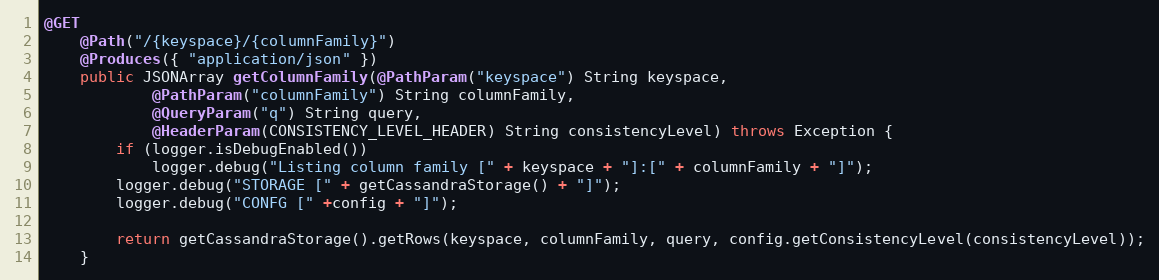
Language: Java
@GET
	@Path("/{keyspace}/{columnFamily}")
	@Produces({ "application/json" })
	public JSONArray getColumnFamily(@PathParam("keyspace") String keyspace,
			@PathParam("columnFamily") String columnFamily,
			@QueryParam("q") String query,
			@HeaderParam(CONSISTENCY_LEVEL_HEADER) String consistencyLevel) throws Exception {
		if (logger.isDebugEnabled())
			logger.debug("Listing column family [" + keyspace + "]:[" + columnFamily + "]");
		logger.debug("STORAGE [" + getCassandraStorage() + "]");
		logger.debug("CONFG [" +config + "]");

		return getCassandraStorage().getRows(keyspace, columnFamily, query, config.getConsistencyLevel(consistencyLevel));
	}